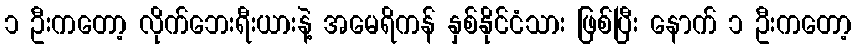
၁ ဦးကတော့ လိုက်ဘေးရီးယားနဲ့ အမေရိကန် နှစ်နိုင်ငံသား ဖြစ်ပြီး နောက် ၁ ဦးကတော့